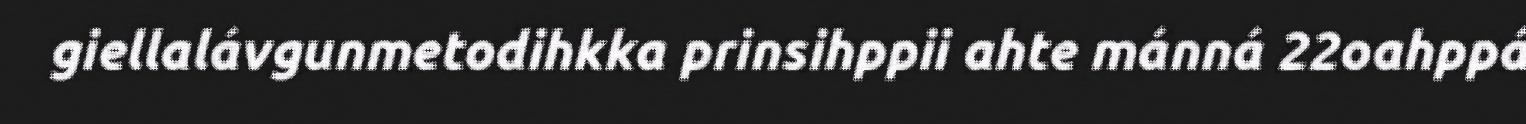
giellalávgunmetodihkka prinsihppii ahte mánná 22oahppá